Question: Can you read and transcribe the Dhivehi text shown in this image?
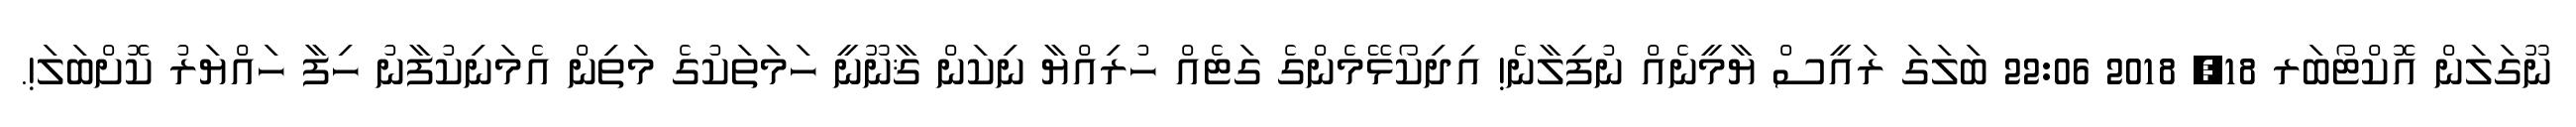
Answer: ނޫގަލަން އޮކްޓޯބަރ 18, 2018 22:06 ބަލަގަ ރައީސް ޔާމީނެއް ނުފިލާނެ! އިދިކޯޅޭމެންގެ ގަޓެއް ހުރިއްޔާ ނިކަން ޤާނޫނީ ހަމަތަކުގެ މަތިން އެމަނިކުފާނު ހިފާ ހައްޔަރު ކޮށްބަލަ!.